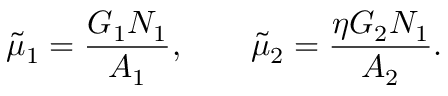
\tilde { \mu } _ { 1 } = \frac { G _ { 1 } N _ { 1 } } { A _ { 1 } } , \qquad \tilde { \mu } _ { 2 } = \frac { \eta G _ { 2 } N _ { 1 } } { A _ { 2 } } .